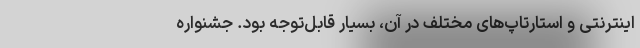
اینترنتی و استارتاپ‌های مختلف در آن، بسیار قابل‌توجه بود. جشنواره